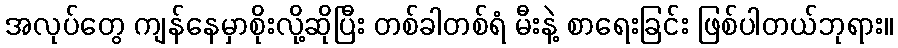
အလုပ်တွေ ကျန်နေမှာစိုးလို့ဆိုပြီး တစ်ခါတစ်ရံ မီးနဲ့ စာရေးခြင်း ဖြစ်ပါတယ်ဘုရား။